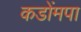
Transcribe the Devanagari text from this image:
कडोंमपा